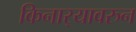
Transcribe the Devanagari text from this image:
किनार्‍यावरुन